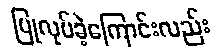
ပြုလုပ်ခဲ့ကြောင်းလည်း